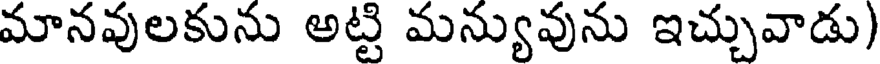
మానవులకును అట్టి మన్యువును ఇచ్చువాడు)